Civil Veterinary Dept. Assam report 1927-50 - 1927-1950
Year: 1927
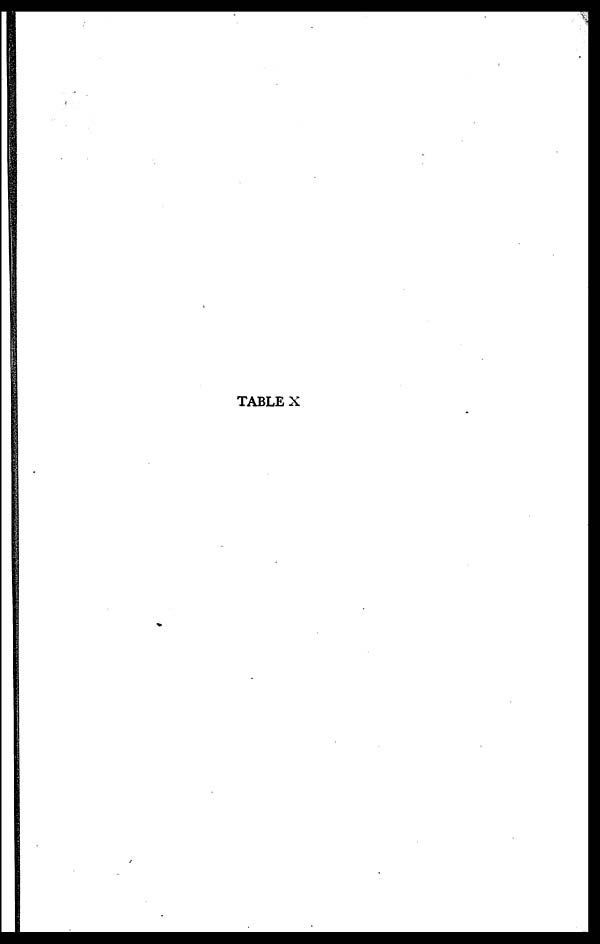
TABLE X